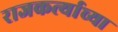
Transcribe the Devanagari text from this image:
राजकर्त्याच्या